Leaving Certificate Examination, 1906
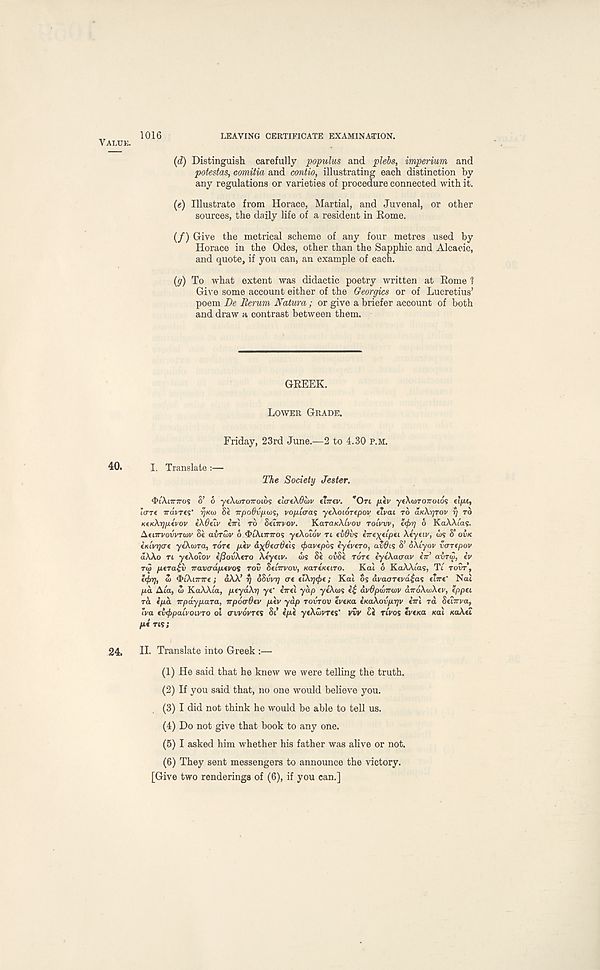
VALUE.
1016
LEAVING CERTIFICATE EXAMINATION.
(d) Distinguish carefully populus and plebs, imperium and
potestas, comitia and contio, illustrating each distinction by
any regulations or varieties of procedure connected with it.
(«) Illustrate from Horace, Martial, and Juvenal, or other
sources, the daily life of a resident in Rome.
(/) Give the metrical scheme of any four metres used by
Horace in the Odes, other than the Sapphic and Alcaeic,
and quote, if you can, an example of each.
(g) To what extent was didactic poetry written at Rome 1
Give some account either of the Georgies or of Lucretius’
poem De Rerum Natura; or give a briefer account of both
and draw a contrast between them.
GREEK.
LOWER GRADE.
Friday, 23rd June.—2 to 4.30 P.M.
40.
I. Translate :—
The Society Jester.
4>iAi7r7ros S’ 6 yeAwTOTroios elaeXOuv fhrei'. "On fiev yeAwroTroios elfu,
terre iravres'
SC vpodvfxw;, vo/iLcras yeXoiOTepov civai TO aKXrjTov rj rb
KeKXrjptvov eX&eiv «ri TO Behrvov. KaTa/cAtvov TOLVVV,
6 KaAAias.
ActjrvovvTwv Sc avTwv 6 f&iAiTTTros yeAotov TI e£0us circ^ctpct Acyciv, ws S’ OVK
iKLvgcre yeXuira, Tore p.iv a^Beadiii <f>a.vepbs cyevcTO, avOis S’ oAtyov varepov
aAAo TL ycAoiov CJSOVACTO Acyctv. <I>s Sc ovSc TOTC iyeXacav CTT’ avTw, iv
TtS ptraiv TravadfMvos rov SCITTVOV, KartKetro.
Kal 6 KaAAias, Tt TOOT’,
w ^IAITTITC; dAA’ fj oSvvrj ere CIATJ^C; Kat os avaoTtvd$as ctire’ Nat
pa Atia, w KaAAta, ptydXr] ye -
CTTCI yap ycAtos c| avOpdmuv aTroAioAcr, eppet
Ta ipd TTpay para, irpovOev ptv yap rovrov crcKa (KaXovprjv ciri Ta SetTrra,
tra ivtfrpalvoLvro oi CTWOVTCS SI’ e/xc ycAwrres' vvv Sc rtVos cre/ca Kat KOACI
/xc rts;
24.
II. Translate into Greek :—
(1) He said that he knew we were telling the truth.
(2) If you said that, no one would believe you.
(3) I did not think he would be able to tell us.
(4) Do not give that book to any one.
(5) I asked him whether his father was alive or not.
(6) They sent messengers to announce the victory.
[Give two renderings of (6), if you can.]